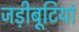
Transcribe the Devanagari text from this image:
जड़ीबूटियां